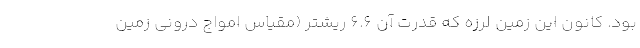
بود. کانون این زمین لرزه که قدرت آن ۶.۶ ریشتر (مقیاس امواج درونی زمین